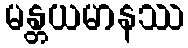
မန္တယမာနဿ